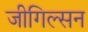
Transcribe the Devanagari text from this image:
जीगिल्सन